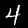
Digit: 4